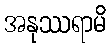
အနုဿရာမိ